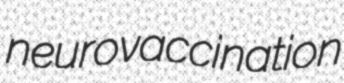
neurovaccination